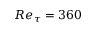
R e _ { \tau } = 3 6 0